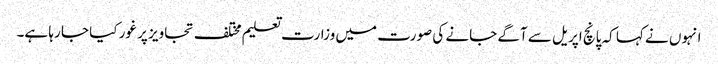
انہوں نے کہا کہ پانچ اپریل سے آگے جانے کی صورت میں وزارت تعلیم مختلف تجاویز پر غور کیا جا رہا ہے۔